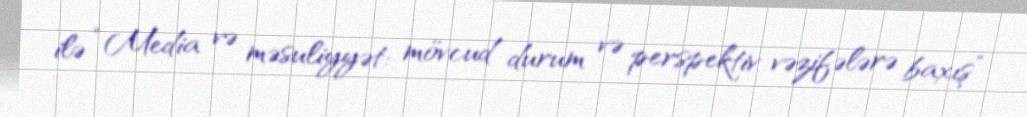
ilə “Media və məsuliyyət: mövcud durum və perspektiv vəzifələrə baxış”